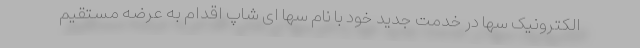
الکترونیک سها در خدمت جدید خود با نام سها ای شاپ اقدام به عرضه مستقیم